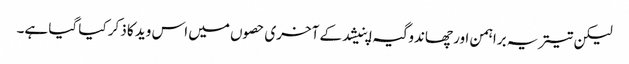
لیکن تیتریہ براہمن اور چھاندوگیہ اپنیشد کے آخری حصوں میں اس وید کا ذکر کیا گیا ہے۔